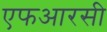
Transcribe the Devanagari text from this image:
एफआरसी